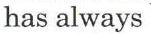
has always